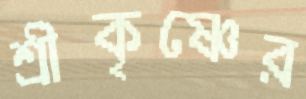
শ্রীকৃষ্ণের